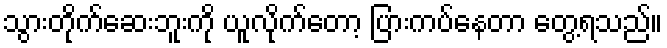
သွားတိုက်ဆေးဘူးကို ယူလိုက်တော့ ပြားကပ်နေတာ တွေ့ရသည်။